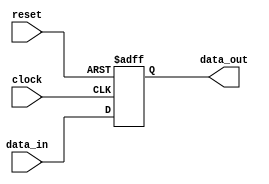
module synchronous_register (
    input wire clock,          // Clock input
    input wire reset,          // Asynchronous reset input
    input wire [7:0] data_in,  // Data input
    output reg [7:0] data_out  // Data output
);

    // State declaration (if needed)
    // reg [1:0] state; // Example state variable

    // Sequential logic block triggered on the rising edge of the clock
    always @(posedge clock or posedge reset) begin
        if (reset) begin
            // Asynchronous reset: initialize output to zero
            data_out <= 8'b0;
            // state <= 2'b00; // Reset state if using state machine
        end else begin
            // Update output with input data on clock edge
            data_out <= data_in;
            // State transition logic can be added here
            // Example: state <= next_state; // Update state based on some logic
        end
    end

endmodule